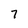
Character: 7